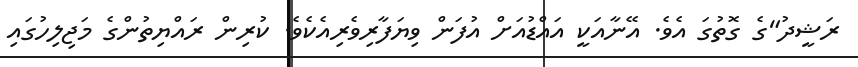
ރަޝީދު"ގެ ގޮތުގަ އެވެ. އޭނާއަކީ އައްޑުއަށް އުފަން ވިޔަފާރިވެރިއެކެވެ. ކުރިން ރައްޔިތުންގެ މަޖިލިހުގައި